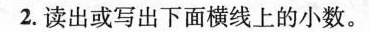
2.读出或写出下面横线上的小数。